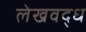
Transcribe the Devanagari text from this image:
लेखवद्ध